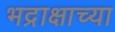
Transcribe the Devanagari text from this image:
भद्राक्षाच्या